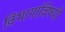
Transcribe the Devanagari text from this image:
विभागांविषयी